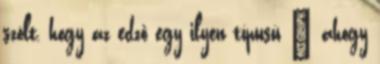
szólt, hogy az edző egy ilyen típusú – ahogy